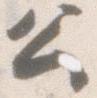
公